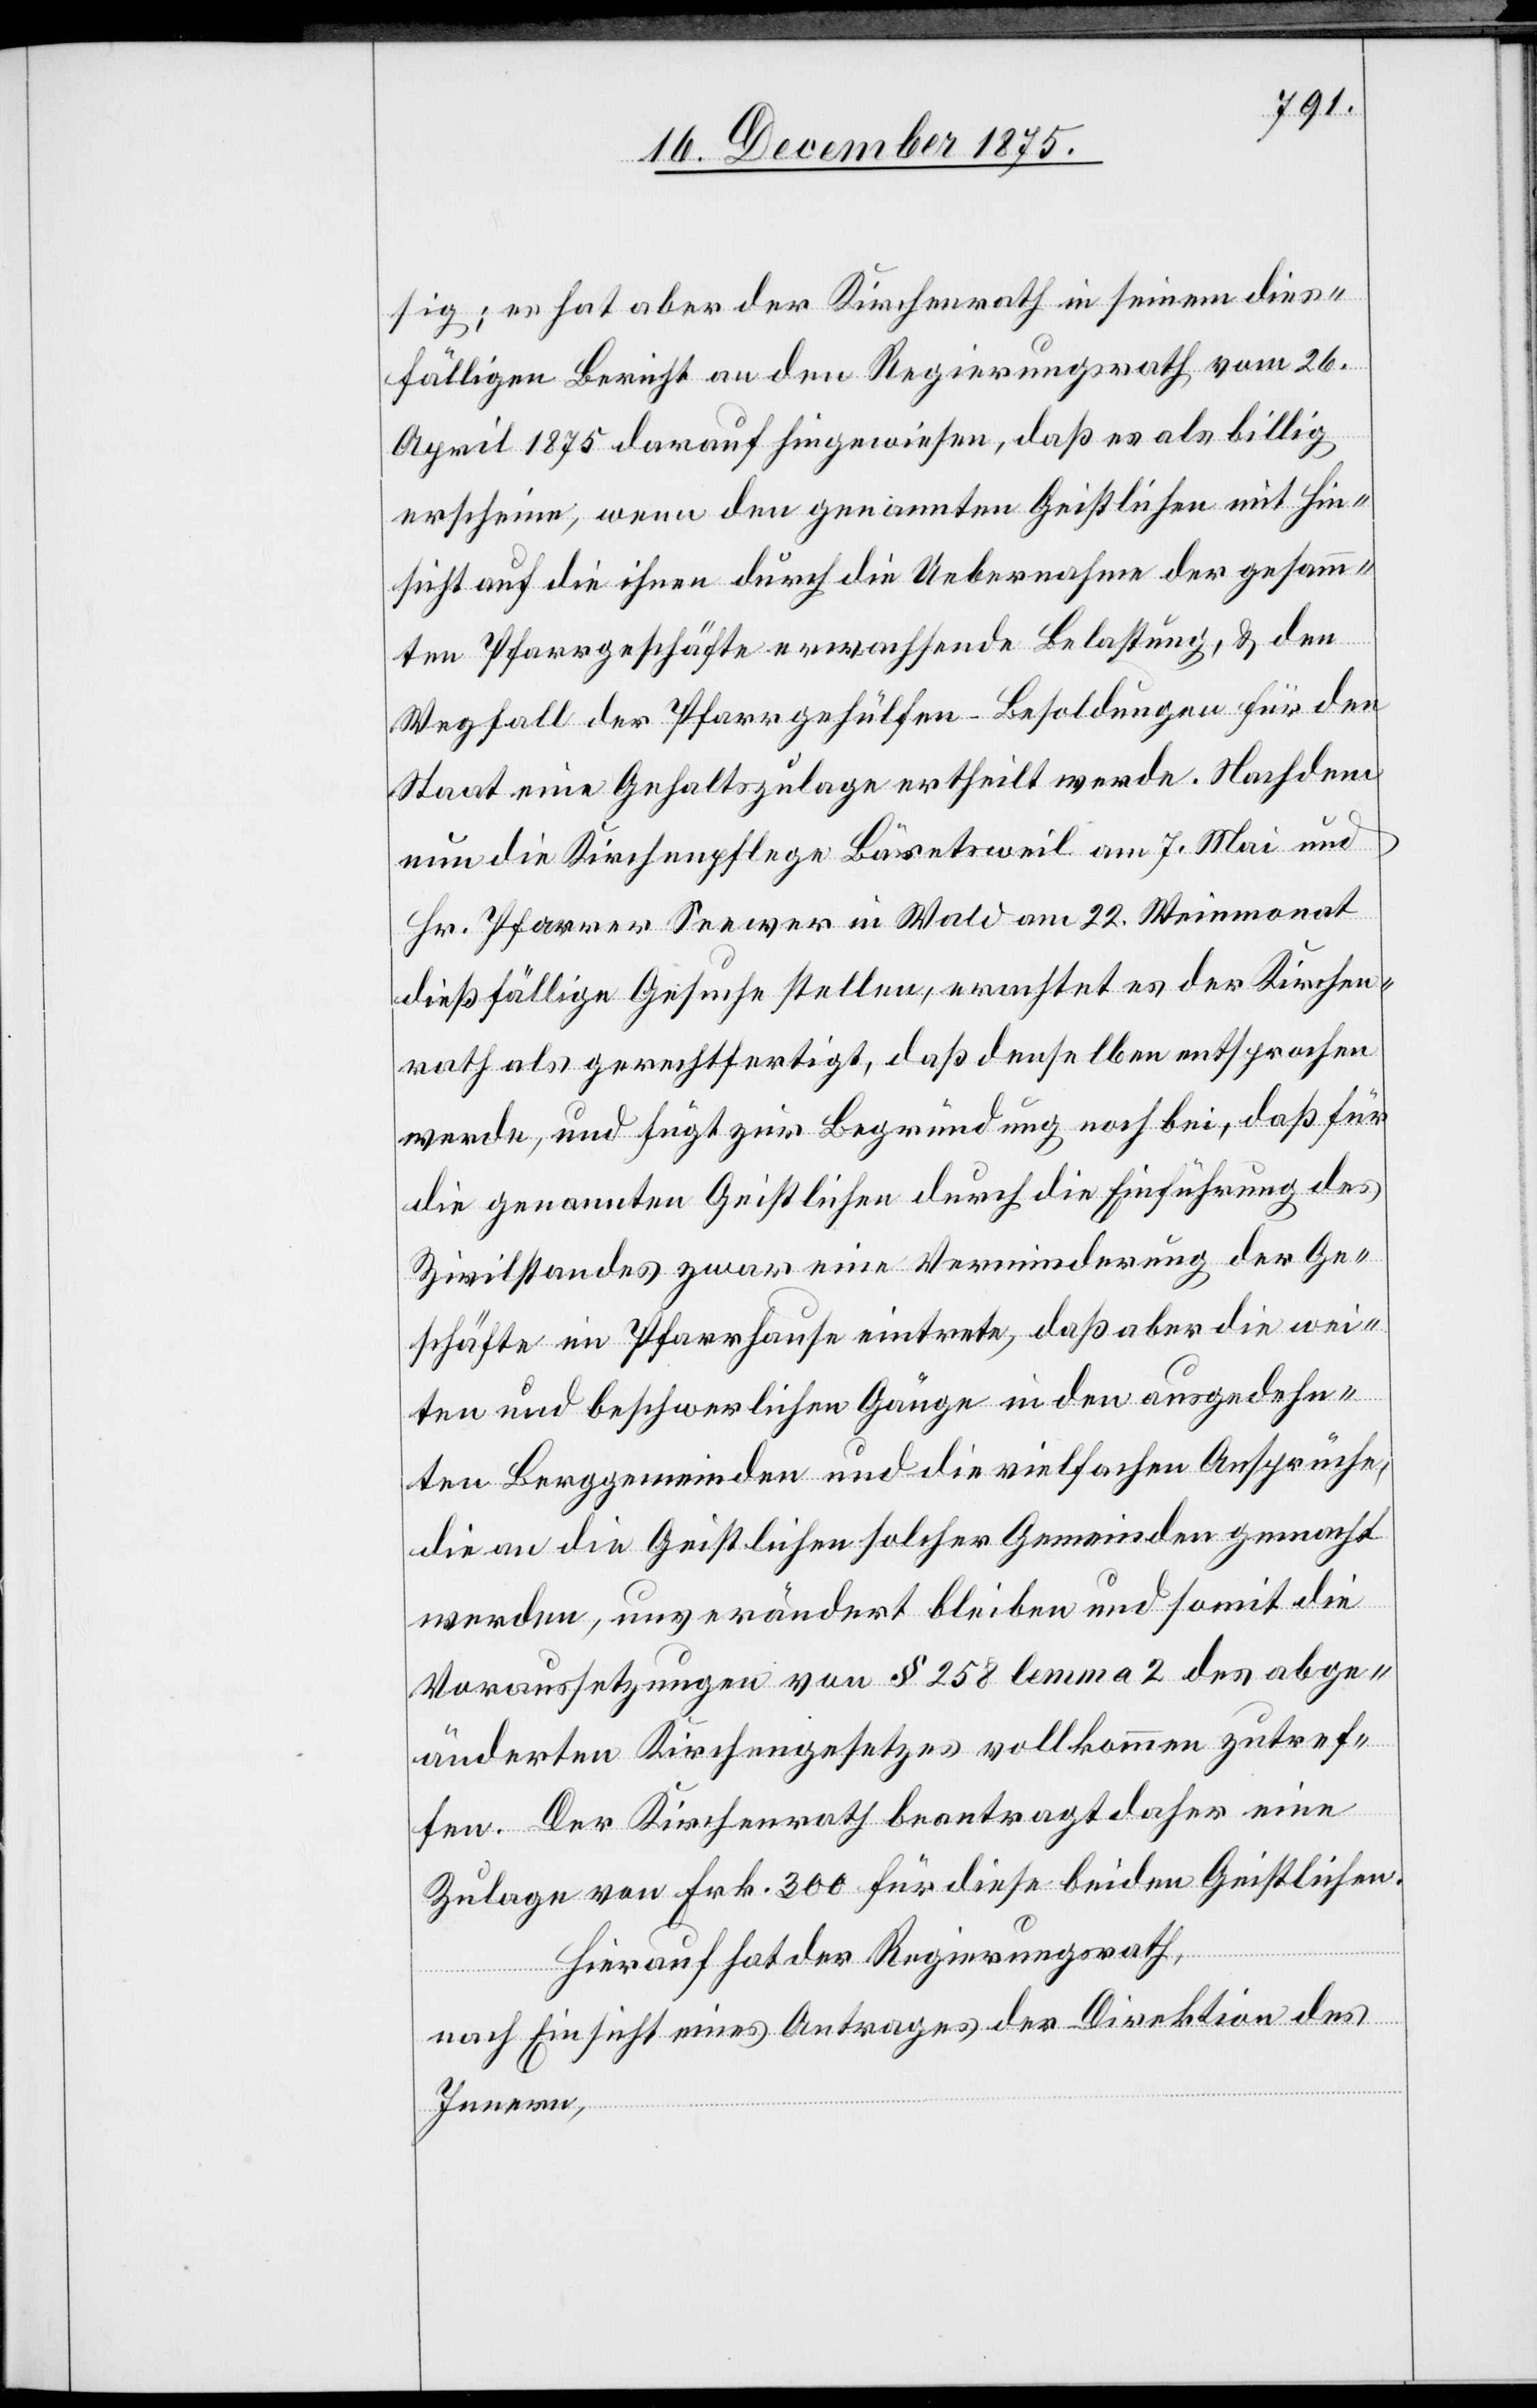
sig; es hat aber der Kirchenrath in seinem dies¬
fälligen Bericht an den Regierungsrath vom 26.
April 1875 darauf hingewiesen, daß es als billig
erscheine, wenn den genannten Geistlichen mit Hin¬
sicht auf die ihnen durch die Uebernahme der gesamm¬
ten Pfarrgeschäfte erwachsende Belastung, & den
Wegfall der Pfarrgehülfen-Besoldungen für den
Staat eine Gehaltszulage ertheilt werde. Nachdem
nun die Kirchenpflege Bäretsweil am 7. Mai und
Hr. Pfarrer Seewer in Wald am 22. Weinmonat
dießfällige Gesuche stellen, erachtet es der Kirchen¬
rath als gerechtfertigt, daß denselben entsprochen
werde, und fügt zur Begründung noch bei, daß für
die genannten Geistlichen durch die Einführung des
Zivilstandes zwar eine Verminderung der Ge¬
schäfte im Pfarrhause eintrete, daß aber die wei¬
ten und beschwerlichen Gänge in den ausgedehn¬
ten Berggemeinden und die vielfachen Ansprüche,
die an die Geistlichen solcher Gemeinden gemacht
werden, unverändert bleiben und somit die
Voraussetzung von § 258 lemma 2 des abge¬
änderten Kirchengesetzes vollkommen zutref¬
fen. Der Kirchenrath beantragt daher eine
Zulage von Frk. 300 für diese beiden Geistlichen.
Hierauf hat der Regierungsrath,
nach Einsicht eines Antrages der Direktion des
Innern,